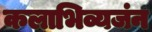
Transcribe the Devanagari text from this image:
कलाभिव्यजंन